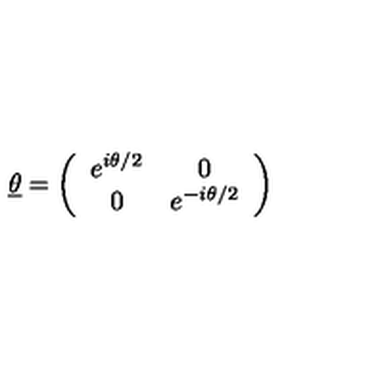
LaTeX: \underline { { \theta } } = \left( \begin{array} { c c } { e ^ { i \theta / 2 } } & { 0 } \\ { 0 } & { e ^ { - i \theta / 2 } } \\ \end{array} \right)